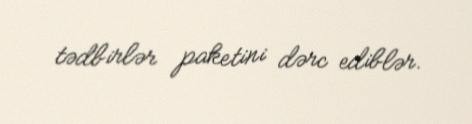
tədbirlər paketini dərc ediblər.